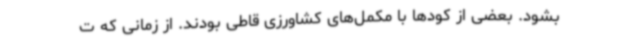
بشود. بعضی از کودها با مکمل‌های کشاورزی قاطی بودند. از زمانی که ت